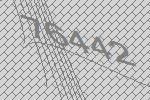
76442